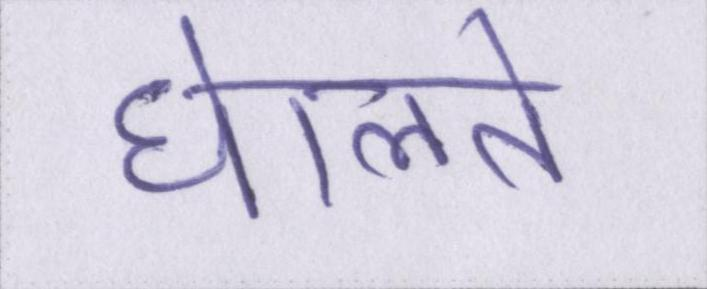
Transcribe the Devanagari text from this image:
घेालते